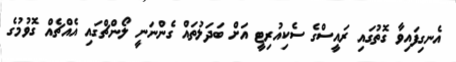
އެނގިފައިވާ ގޮތުގައި ރައީސްގެ ސެކިއުރިޓީ އަށް ބަދަލުތައް ގެންނަނީ ލޯންޗްގައި އެއްޗެއް ގޮވުމުގެ